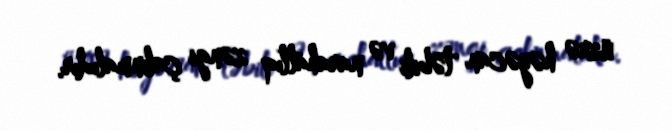
üzrə həyəcan təbili və narahatlıq zəngi çalınmalıdır.